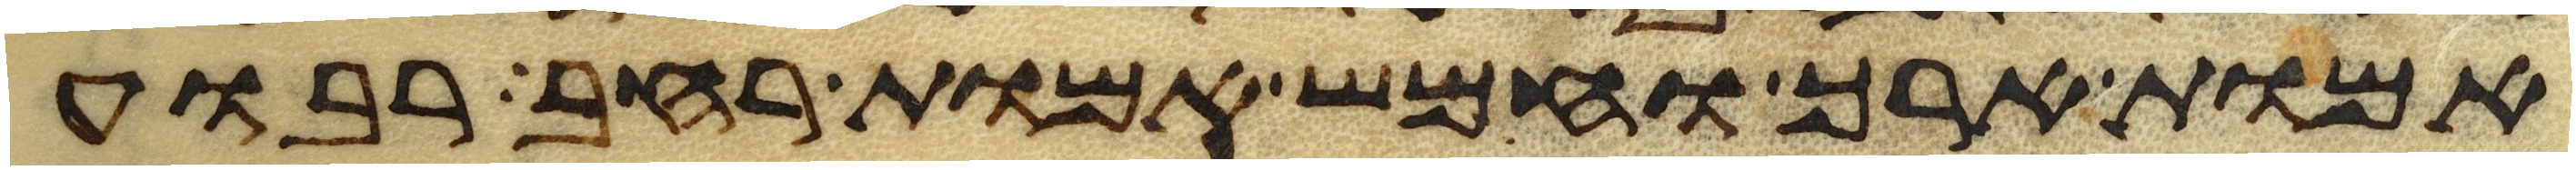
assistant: אמות ארך וחמש אמות רחב רבוע